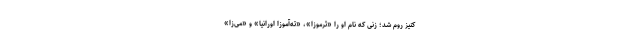
کنیز روم شد؛ زنی که نام او را «ثرموزا»، «ته‌آموزا اورانیا» و «مُی‌زا»